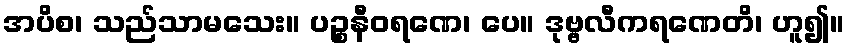
အပိစ၊ သည်သာမသေး။ ပဉ္စနီဝရဏေ၊ ပေ။ ဒုဗ္ဗလီကရဏေတိ၊ ဟူ၍။